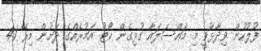
ފުލުހުން ވިދާޅުވީ މި މައްސަލައާ ގުޅިގެން ކޯޓު އަމުރެއްގެ ދަށުން މިރޭ 41